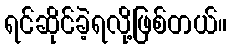
ရင်ဆိုင်ခဲ့ရလို့ဖြစ်တယ်။